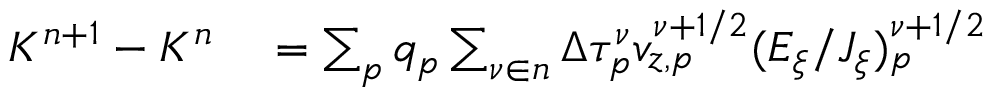
\begin{array} { r } { \begin{array} { r l } { K ^ { n + 1 } - K ^ { n } } & { { } = \sum _ { p } q _ { p } \sum _ { \nu \in n } { \Delta \tau _ { p } ^ { \nu } } { v } _ { z , p } ^ { \nu + 1 / 2 } ( E _ { \xi } / J _ { \xi } ) _ { p } ^ { \nu + 1 / 2 } } \end{array} } \end{array}